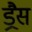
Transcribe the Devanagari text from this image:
ड्रैस